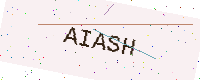
Text: AIASH